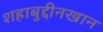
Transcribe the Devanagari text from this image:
शहाबुद्दीनखान